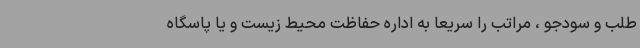
طلب و سودجو ، مراتب را سریعا به اداره حفاظت محیط زیست و یا پاسگاه